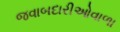
જવાબદારીઓવાળા